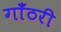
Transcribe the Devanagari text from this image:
गाँठरी